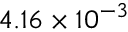
4 . 1 6 \times 1 0 ^ { - 3 }